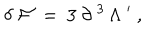
LaTeX: \delta \; { \cal F } \ = \ 3 \ \partial ^ { \; 3 } \, \Lambda ^ { \; \prime } \ ,